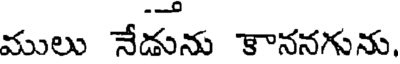
ములు నేడును కాననగును,